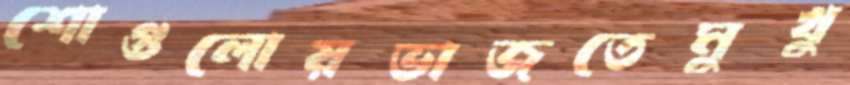
শোগুলোয়ভাজতেমুখু